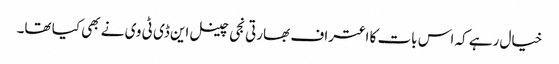
خیال رہے کہ اس بات کا اعتراف بھارتی نجی چینل این ڈی ٹی وی نے بھی کیا تھا۔